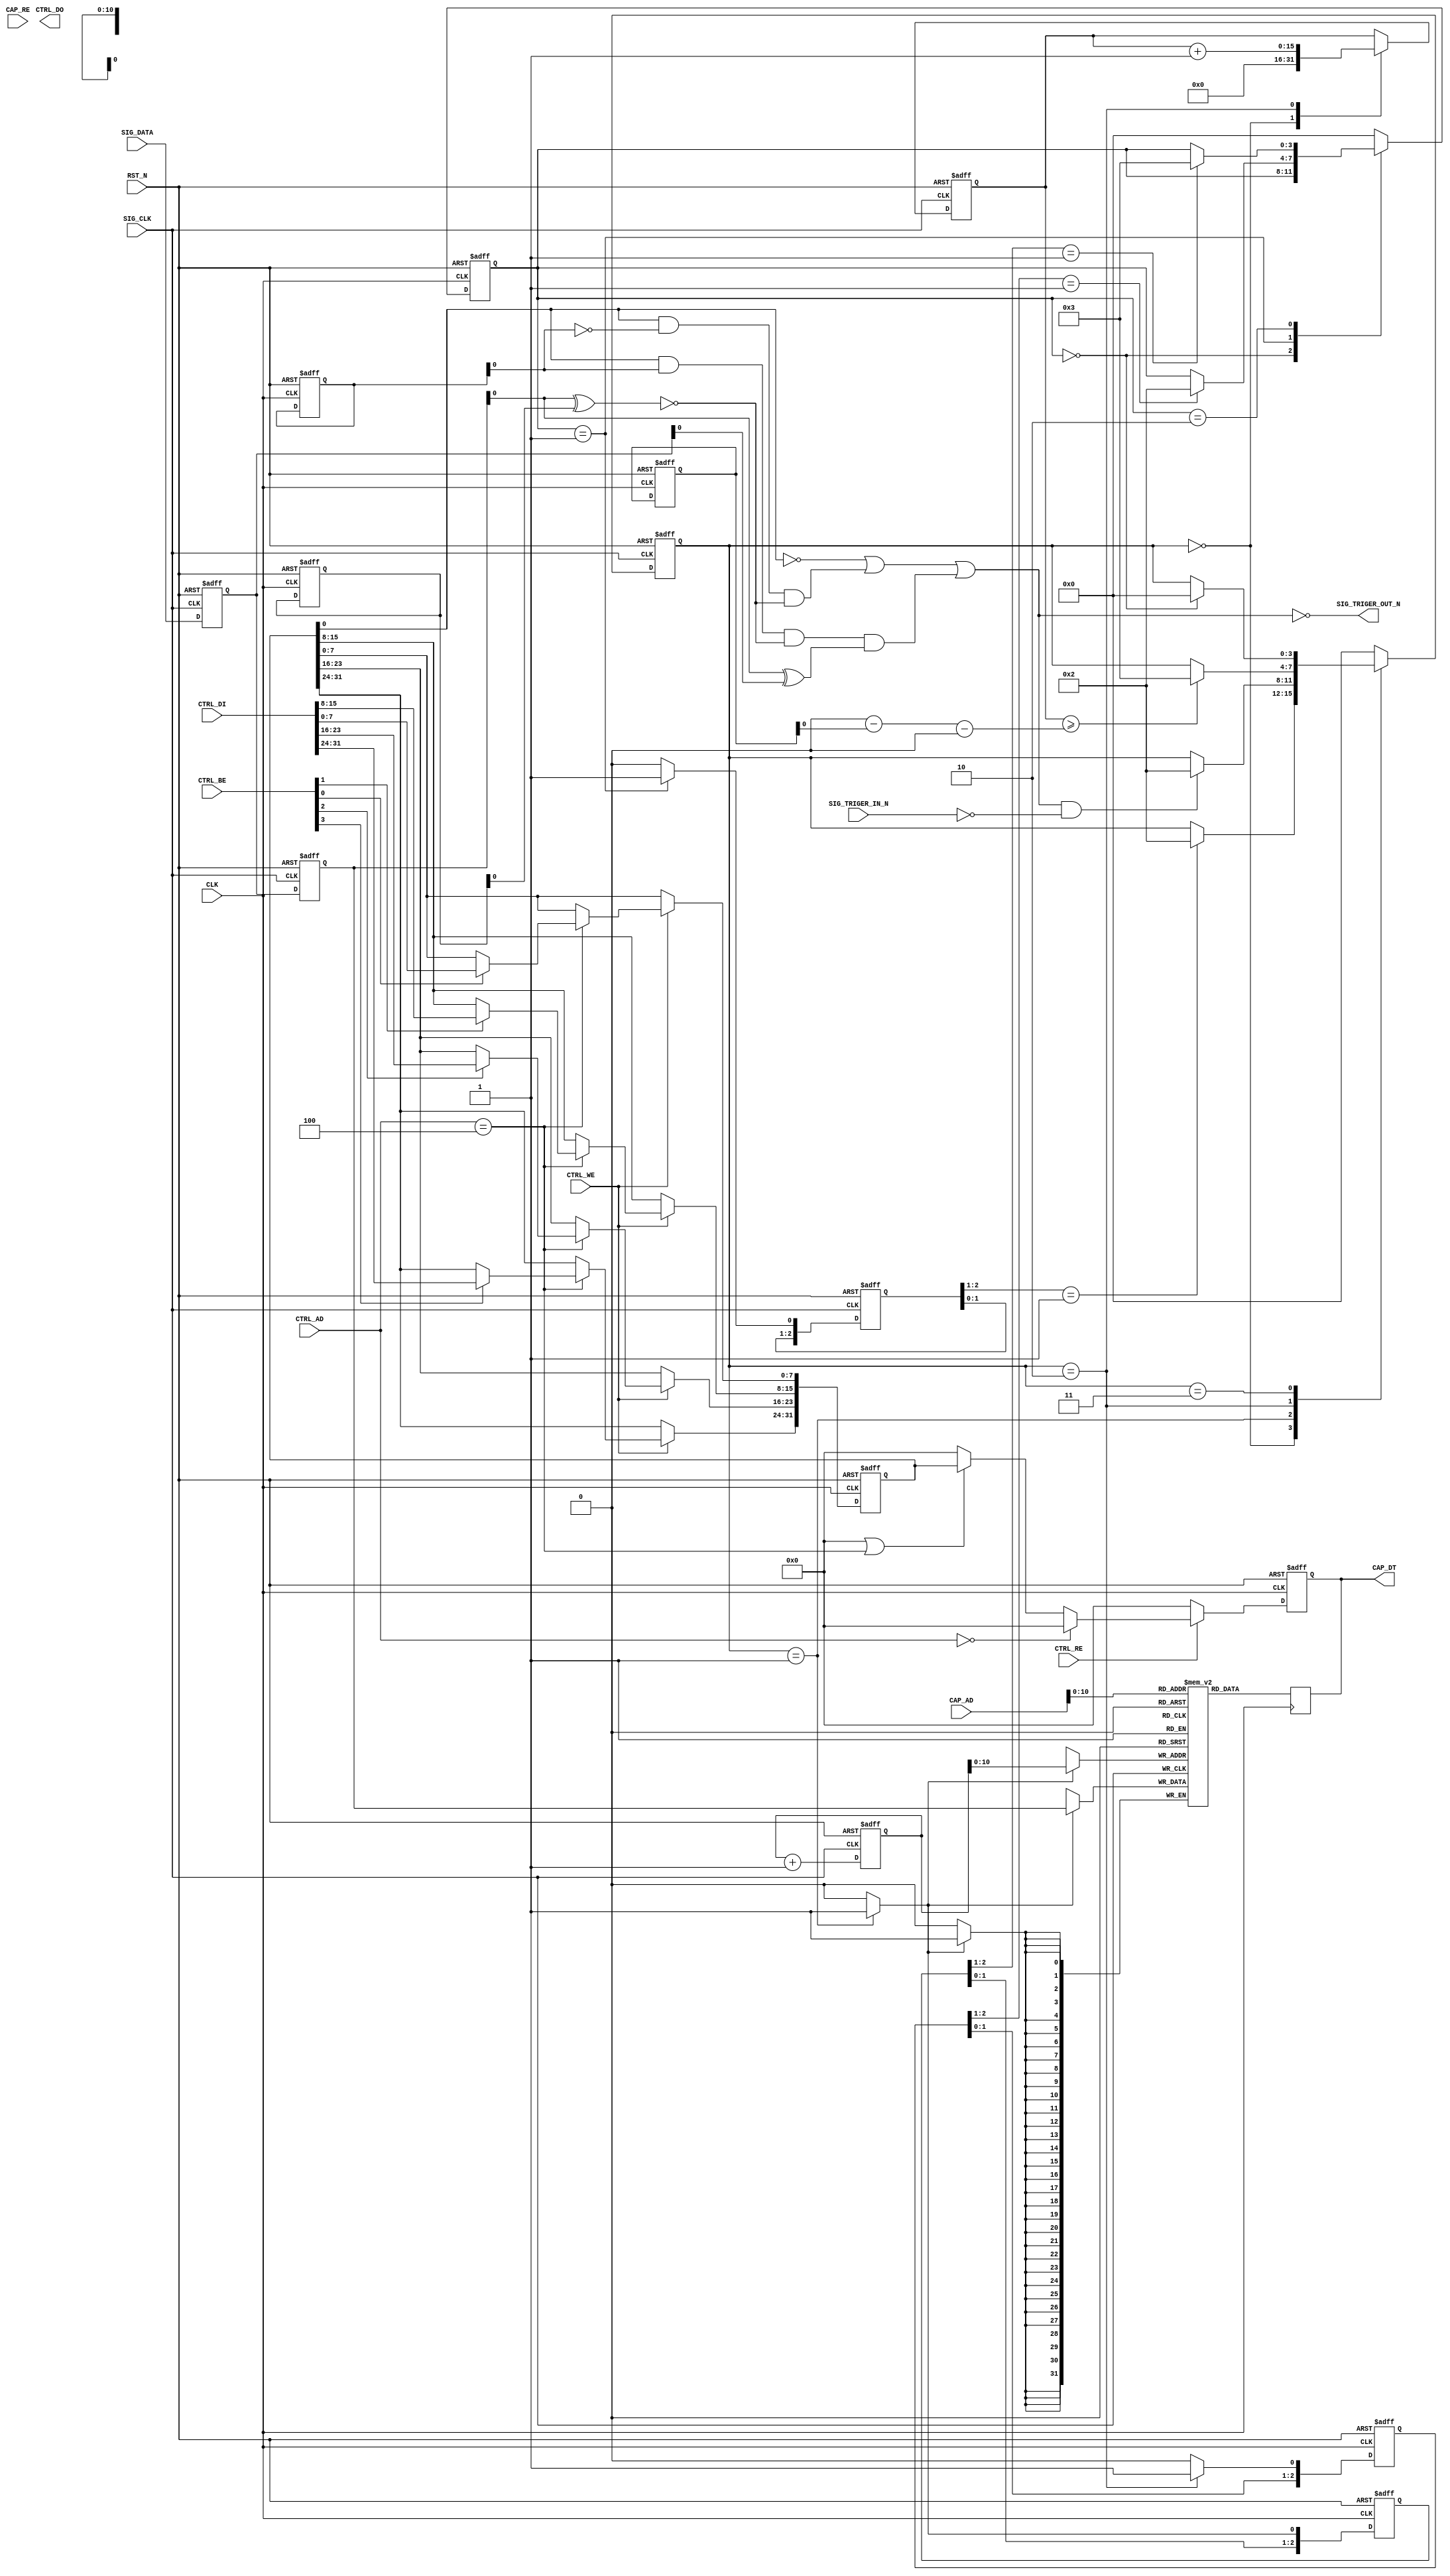
module aq_sigana(
	input			RST_N,
	input			CLK,

	// コントロールバス
	input			CTRL_WE,
	input			CTRL_RE,
	input [3:0]		CTRL_BE,
	input [4:2]		CTRL_AD,
	input [31:0]	CTRL_DI,
	output [31:0]	CTRL_DO,

	//　キャプチャーしたデータ
	input			CAP_RE,
	input [13:2]	CAP_AD,
	output [31:0]	CAP_DT,


	// キャプチャーする信号
	input			SIG_CLK,
	input			SIG_TRIGER_IN_N,
	output			SIG_TRIGER_OUT_N,
	input [31:0]	SIG_DATA
);
/*
	// Local Interface
	output			LOCAL_CS,
	output			LOCAL_RNW,
	input			LOCAL_ACK,
	output [31:0]	LOCAL_ADDR,
	output [3:0]	LOCAL_BE,
	output [31:0]	LOCAL_WDATA,
	input [31:0]	LOCAL_RDATA,
*/

/*
AQシグナルアナライザー
本モジュールはFPGA内に設置するデジタルアナライザである。
AXI-Liteバスを持っているため、ZynqなどのARMに直接接続することが可能です。

信号幅：32bit
時間：2,048τ

取得する32bitに任意のトリガ条件を設定することができます。

0のとき、
1のとき、
立ち上がりエッジ
たち下がりエッジ

BitEnable
RiseFallEnable
DataCompare
StopTime
StartCapture

BitEnableが1ならそのbitの条件を判定する。
RiseFallEnableが1のとき、立ち上がりまたは立ち下がりエッジ検出、0のときはレベル検出
DataCompareが0のとき、立ち下がりエッジ、1のとき、立ち上がりエッジ。
StopTimeを設定するとその時間分、条件一致タイミングより前の信号を取得できる。

2,048ワードのメモリを持ち、常にメモリに取り込んでいる。
トリガータイミングになると、その時間から2,048-StopTime-2の時間、データを取得して取り込みを停止する。
*/

parameter P_ADRS_STATUS			= 5'd0;
parameter P_ADRS_BITENABLE		= 5'd4;
parameter P_ADRS_RISEFALLENABLE	= 5'd8;
parameter P_ADRS_DATACOMPARE	= 5'd12;
parameter P_ADRS_STOPTIME		= 5'd16;
parameter P_ADRS_STARTCAPTURE	= 5'd20;
parameter P_ADRS_STOPADRS		= 5'd20;

parameter P_BUF_SIZE			= 16'd2048;

parameter S_IDLE				= 4'd0;
parameter S_CAPTURE_REQ			= 4'd1;
parameter S_CAPTURE_PROC		= 4'd2;
parameter S_CAPTURE_FIN			= 4'd3;

parameter S_CAP_IDLE			= 4'd0;
parameter S_CAP_WAIT			= 4'd1;
parameter S_CAP_PROC			= 4'd2;
parameter S_CAP_FIN				= 4'd3;


reg [3:0]	state;
reg	[31:0]	r_bitenable, r_risefallenable, r_datacompare;
reg [15:0]	r_stoptime, r_stopadrs;

wire [31:0]	w_rdata;

reg [31:0]	r_rdata;

reg [2:0]	r_cap_req_d, r_cap_proc_d, r_cap_fin_d;

// Register
always @( posedge CLK or negedge RST_N ) begin
	if( !RST_N ) begin
		r_bitenable	<= 32'd0;
		r_risefallenable	<= 32'd0;
		r_datacompare		<= 32'd0;
		r_stoptime			<= 16'd0;
		r_rdata				<= 32'd0;
	end else begin
		if( CTRL_WE ) begin
			case( CTRL_AD[4:2] )
			P_ADRS_BITENABLE: begin
				if( CTRL_BE[3] )	r_bitenable[31:24]	<= CTRL_DI[31:24];
				if( CTRL_BE[2] )	r_bitenable[23:16]	<= CTRL_DI[23:16];
				if( CTRL_BE[1] )	r_bitenable[15: 8]	<= CTRL_DI[15: 8];
				if( CTRL_BE[0] )	r_bitenable[ 7: 0]	<= CTRL_DI[ 7: 0];
			end
			P_ADRS_RISEFALLENABLE: begin
				if( CTRL_BE[3] )	r_risefallenable[31:24]	<= CTRL_DI[31:24];
				if( CTRL_BE[2] )	r_risefallenable[23:16]	<= CTRL_DI[23:16];
				if( CTRL_BE[1] )	r_risefallenable[15: 8]	<= CTRL_DI[15: 8];
				if( CTRL_BE[0] )	r_risefallenable[ 7: 0]	<= CTRL_DI[ 7: 0];
			end
			P_ADRS_DATACOMPARE: begin
				if( CTRL_BE[3] )	r_datacompare[31:24]	<= CTRL_DI[31:24];
				if( CTRL_BE[2] )	r_datacompare[23:16]	<= CTRL_DI[23:16];
				if( CTRL_BE[1] )	r_datacompare[15: 8]	<= CTRL_DI[15: 8];
				if( CTRL_BE[0] )	r_datacompare[ 7: 0]	<= CTRL_DI[ 7: 0];
			end
			P_ADRS_STOPTIME: begin
				if( CTRL_BE[1] )	r_stoptime[15: 8]	<= CTRL_DI[15: 8];
				if( CTRL_BE[0] )	r_stoptime[ 7: 0]	<= CTRL_DI[ 7: 0];
			end
			endcase
		end
		if( CTRL_RE ) begin
			r_rdata	<= w_rdata;
		end else begin
			r_rdata	<= 32'd0;
		end
	end
end

assign w_rdata	=	( CTRL_AD[4:2] == P_ADRS_STATUS )?32'd0:32'd0 ||
					( CTRL_AD[4:2] == P_ADRS_BITENABLE )?r_bitenable:32'd0 ||
					( CTRL_AD[4:2] == P_ADRS_RISEFALLENABLE )?r_risefallenable:32'd0 ||
					( CTRL_AD[4:2] == P_ADRS_DATACOMPARE )?r_datacompare:32'd0 ||
					( CTRL_AD[4:2] == P_ADRS_STOPTIME )?{16'd0, r_stoptime}:32'd0 ||
					( CTRL_AD[4:2] == P_ADRS_STARTCAPTURE )?32'd0:32'd0 ||
					( CTRL_AD[4:2] == P_ADRS_STOPADRS )?{16'd0, r_stopadrs}:32'd0 ||
					32'd0;

always @( posedge CLK or negedge RST_N ) begin
	if( !RST_N ) begin
		r_cap_proc_d[2:0]	<= 3'd0;
		r_cap_fin_d[2:0]	<= 3'd0;
		state				<= S_IDLE;
	end else begin
		r_cap_proc_d[2:0]	<= { r_cap_proc_d[1:0], w_cap_proc };
		r_cap_fin_d[2:0]	<= { r_cap_fin_d[1:0], w_cap_fin };
		case( state )
			S_IDLE: begin
				if( CTRL_AD[4:2] == P_ADRS_STARTCAPTURE ) begin
					state	<= S_CAPTURE_REQ;
				end
			end
			S_CAPTURE_REQ: begin
				if( r_cap_proc_d[2:1] == 2'b01 ) begin
					state	<= S_CAPTURE_PROC;
				end
			end
			S_CAPTURE_PROC: begin
				if( r_cap_fin_d[2:1] == 2'b01 ) begin
					state	<= S_CAPTURE_FIN;
				end
			end
			S_CAPTURE_FIN: begin
				state	<= S_IDLE;
			end
			default: begin
				state	<= S_IDLE;
			end
		endcase
	end
end

// 信号取り込み
reg	[31:0]	r_sig_data, r_sig_data_d;
always @( posedge SIG_CLK or negedge RST_N ) begin
	if( !RST_N ) begin
		r_sig_data		<= 32'd0;
		r_sig_data_d	<= 32'd0;
	end else begin
		r_sig_data		<= SIG_DATA;
		r_sig_data_d	<= r_sig_data;
	end
end

assign w_triger	= 	( ~r_bitenable[31:0] ) |	// タイミング無効のビット
					( r_bitenable[31:0] & ~r_risefallenable[31:0] & ~( r_sig_data_d[31:0] ^ r_datacompare[31:0] ) ) |	// レベル検出
					( r_bitenable[31:0] &  r_risefallenable[31:0] & ~( r_sig_data_d[31:0] ^ r_datacompare[31:0] ) & ( r_sig_data_d[31:0] ^ r_sig_data[31:0] ) ) |	// エッジ検出
					32'd0;

assign w_capture_start	= w_triger & ~SIG_TRIGER_IN_N;
assign SIG_TRIGER_OUT_N	= ~w_triger;

assign w_capture_stop	= ( P_BUF_SIZE - r_stoptime - 2 );

assign w_cap_req	= ( state == S_CAPTURE_REQ )?1'b1:1'b0;
assign w_cap_proc	= ( cap_state == S_CAP_PROC )?1'b1:1'b0;
assign w_cap_fin	= ( cap_state == S_CAPTURE_REQ )?1'b1:1'b0;

reg [3:0]	cap_state;
reg [15:0]	wadrs;
reg [15:0]	r_captime;
always @( posedge SIG_CLK or negedge RST_N ) begin
	if( !RST_N ) begin
		cap_state			<= S_CAP_IDLE;
		wadrs				<= 'd0;
		r_cap_req_d[2:0]	<= 3'd0;
		r_captime			<= 16'd0;
		r_stopadrs			<= 'd0;
	end else begin
		wadrs	<= wadrs + 'd1;
		
		r_cap_req_d[2:0]	<= { r_cap_req_d[1:0], w_cap_req };
		case( cap_state )
			S_CAP_IDLE: begin
				if( r_cap_req_d[2:1] == 2'b01 ) begin
					cap_state	<= S_CAP_PROC;
				end
				r_captime	<= 16'd0;
			end
			S_CAP_WAIT: begin
				if( w_capture_start ) begin
					cap_state	<= S_CAP_PROC;
				end
			end
			S_CAP_PROC: begin
				if( r_captime >= w_capture_stop ) begin
					cap_state	<= S_CAP_FIN;
					r_stopadrs	<= wadrs;
				end
				r_captime	<= r_captime + 'd1;
			end
			S_CAP_FIN: begin
				if( state == S_IDLE ) begin
					cap_state	<= S_CAP_IDLE;
				end
			end
			default: begin
				cap_state	<= S_CAP_IDLE;
			end
		endcase
	end
end

// キャプチャーRAM
reg [31:0]	array [0:P_BUF_SIZE - 1];

assign w_cap_we = ( ( cap_state == S_CAP_WAIT ) && ( cap_state == S_CAP_WAIT) )?1'b1:1'b0;
always @( posedge SIG_CLK ) begin
	if( w_cap_we ) begin
		array[wadrs]	<= r_sig_data_d[31:0];
	end
end

always @( posedge CLK ) begin
	r_rdata[31:0]	<= array[CAP_AD];
end

assign CAP_DT[31:0]	= r_rdata[31:0];

endmodule